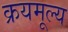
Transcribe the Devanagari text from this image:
क्रयमूल्य